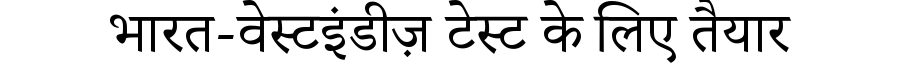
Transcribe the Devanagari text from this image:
भारत-वेस्टइंडीज़ टेस्ट के लिए तैयार